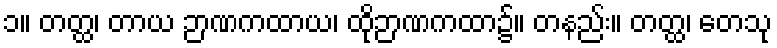
၁။ တတ္ထ၊ တာယ ဉာဏကထာယ၊ ထိုဉာဏကထာ၌။ တနည်း။ တတ္ထ၊ တေသု